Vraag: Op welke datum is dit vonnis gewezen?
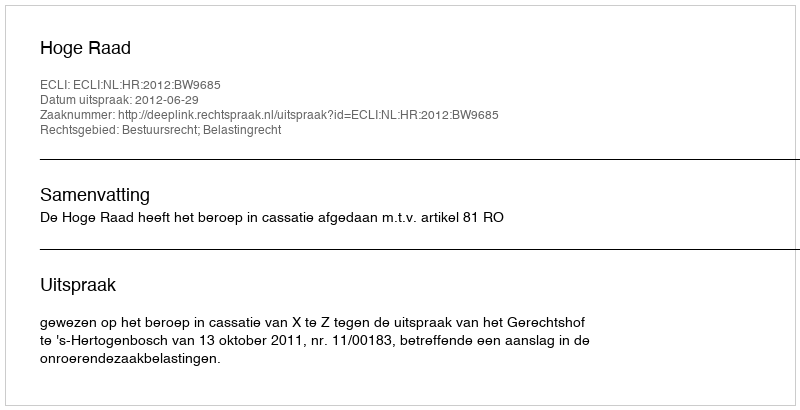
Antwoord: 2012-06-29